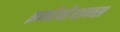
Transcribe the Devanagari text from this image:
इनोव्हेशन्स